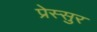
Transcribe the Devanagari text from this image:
प्रेस्सुर